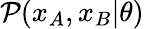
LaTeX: \mathcal{P}(x_{A},x_{B}|\theta)